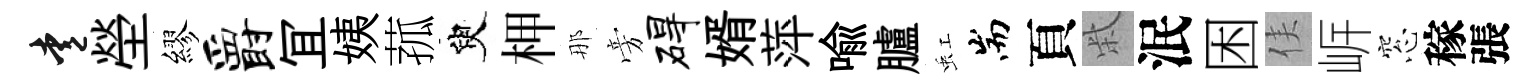
愛塋繆爵冝姨菰臾柙那旁碍婿萍喩臚虹耑頁柴泯困侯㟁窓稼張